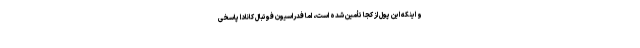
و اینکه این پول از کجا تأمین شده است، اما فدراسیون فوتبال کانادا پاسخی